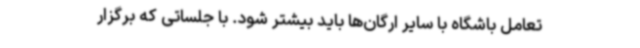
تعامل باشگاه با سایر ارگان‌ها باید بیشتر شود. با جلساتی که برگزار